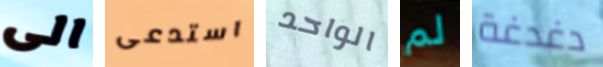
الى استدعى الواحد لم دغدغة